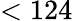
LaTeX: <124